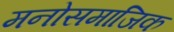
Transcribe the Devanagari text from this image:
मनोसमाजिक